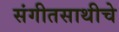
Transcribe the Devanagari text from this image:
संगीतसाथीचे